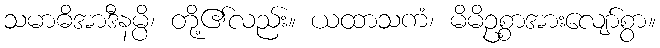
သမာဓိအာဒီနမ္ပိ၊ တို့၏လည်း။ ယထာသကံ၊ မိမိဥစ္စာအားလျော်စွာ။